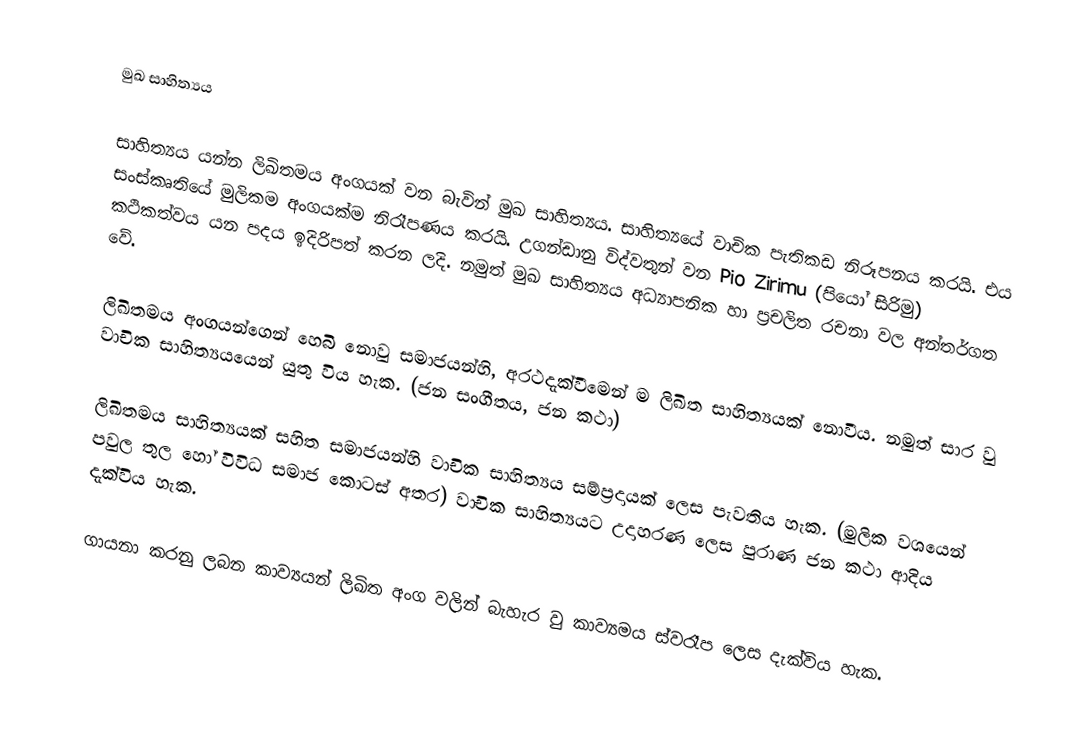
මුඛ සාහිත්‍යය

	සාහිත්‍යය යන්න ලිඛිතමය අංගයක් වන බැවින් මුඛ සාහිත්‍යය. සාහිත්‍යයේ වාචික පැතිකඩ නිරූපනය කරයි. එය සංස්කෘතියේ මුලිකම අංගයක්ම නිරෑපණය කරයි. උගන්ඩානු විද්වතුන් වන Pio Zirimu (පියෝ සිරිමු) කථිකත්වය යන පදය ඉදිරිපත් කරන ලදි. නමුත් මුඛ සාහිත්‍යය අධ්‍යාපනික හා ප්‍රචලිත රචනා වල අන්තර්ගත වේ.

	ලිඛිතමය අංගයන්ගෙන් හෙබි නොවු සමාජයන්හි, අරථදැක්වීමෙන් ම ලිඛිත සාහිත්‍යයක් නොවීය. නමුත් සාර වු වාචික සාහිත්‍යයයෙන් යුතු විය හැක. (ජන සංගීතය, ජන කථා)

	ලිඛිතමය සාහිත්‍යයක් සහිත සමාජයන්හි වාචික සාහිත්‍යය සම්ප්‍රදායක් ලෙස පැවතිය හැක. (මුලික වශයෙන් පවුල තුල හෝ විවිධ සමාජ කොටස් අතර) වාචික සාහිත්‍යයට උදාහරණ ලෙස පුරාණ ජන කථා ආදිය දැක්විය හැක.

	ගායනා කරනු ලබන කාව්‍යයන් ලිඛිත අංග වලින් බැහැර වු කාව්‍යමය ස්වරෑප ලෙස දැක්විය හැක.